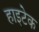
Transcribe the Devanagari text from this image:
हाइटेक